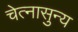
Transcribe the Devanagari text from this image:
चेत्नासुन्य